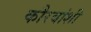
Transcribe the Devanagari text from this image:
कौरवांशी